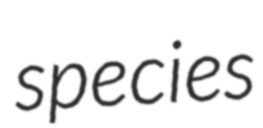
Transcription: species